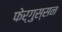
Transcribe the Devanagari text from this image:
फेर्गुस्सन